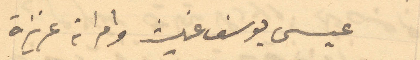
عيسى يوسف غيث وامراته عزيزة